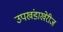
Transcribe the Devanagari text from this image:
उपखंडाखेरीज